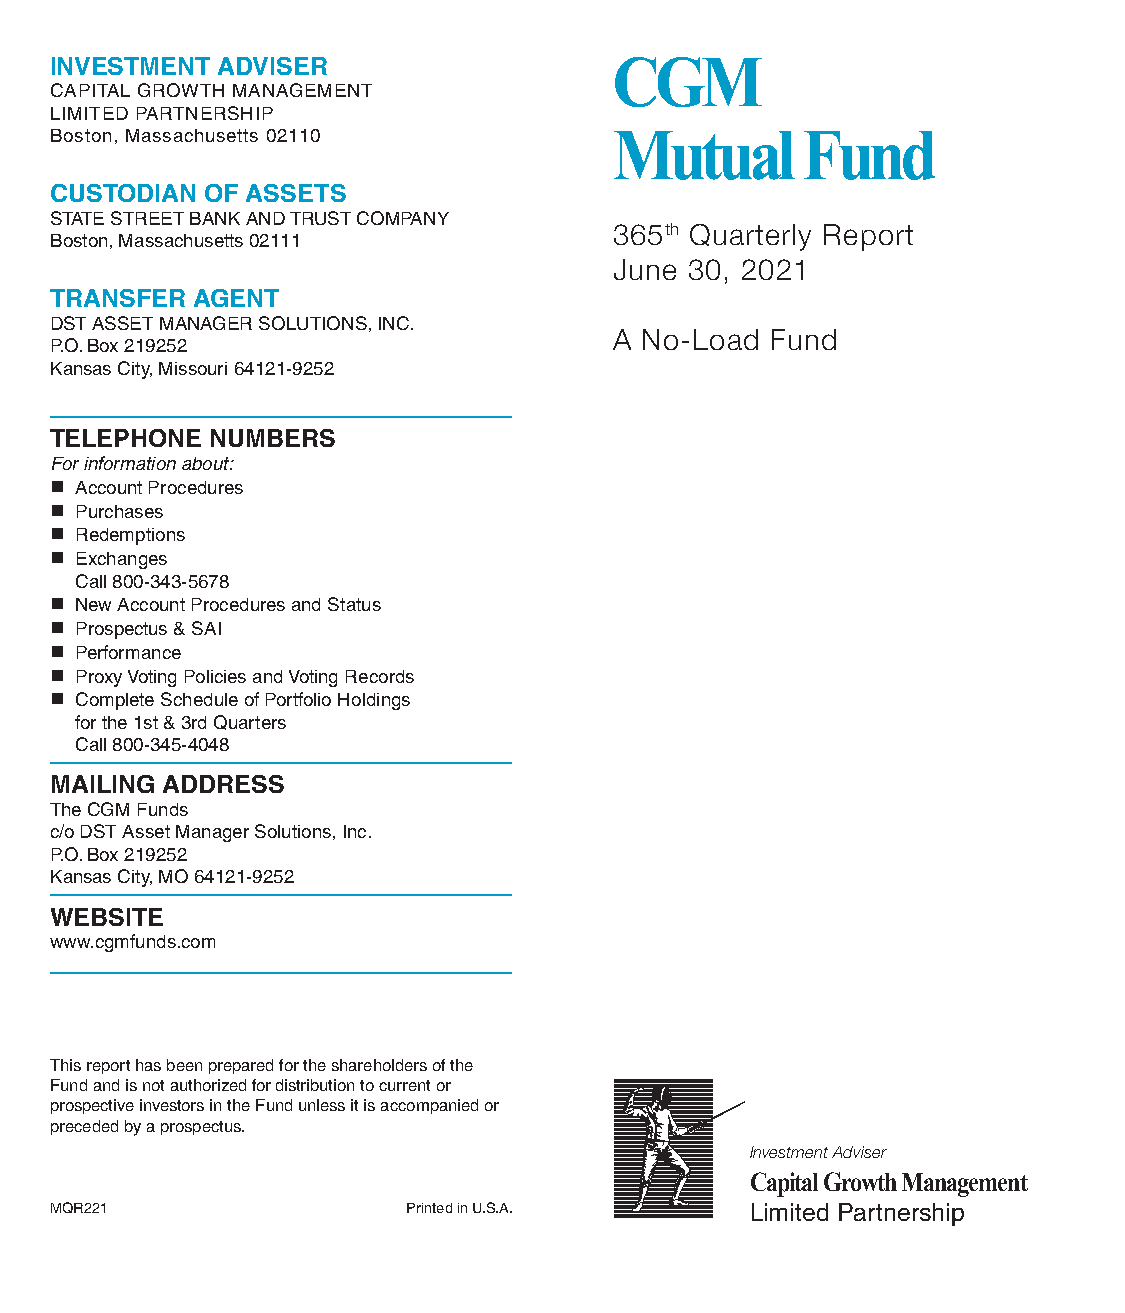
CGM
 INVESTMENT ADVISER
 CAPITAL GROWTH MANAGEMENT
 LIMITED PARTNERSHIP
 Boston, Massachusetts 02110         Mutual      Fund
 CUSTODIAN OF ASSETS
 STATESTREETBANKANDTRUSTCOMPANY
 8346t5htAhnQnuuaarltReerlpyoRrteport
 Boston,Massachusetts02111
 DJuenceem3b0e,r23012,12013
 TRANSFER AGENT
 DSTASSETMANAGERSOLUTIONS,INC.
 AA NNoo--LLooaaddFFuunndd
 P.O.Box219252
 KansasCity,Missouri64121-9252
 TELEPHONE NUMBERS
 Forinformationabout:
 n AccountProcedures
 n Purchases
 n Redemptions
 n Exchanges
 Call800-343-5678
 n NewAccountProceduresandStatus
 n Prospectus&SAI
 n Performance
 n ProxyVotingPoliciesandVotingRecords
 n CompleteScheduleofPortfolioHoldings
 for the 1st & 3rd Quarters
 Call800-345-4048
 MAILING ADDRESS
 TheCGMFunds
 c/oDSTAssetManagerSolutions,Inc.
 P.O.Box219252
 KansasCity,MO64121-9252
 WEBSITE
 www.cgmfunds.com
 Thisreporthasbeenpreparedfortheshareholdersofthe
 Fundandisnotauthorizedfordistributiontocurrentor
 prospectiveinvestorsintheFundunlessitisaccompaniedor
 precededbyaprospectus.
 InvestmentAdviser
 Capital Growth Management
 MQR221                PrintedinU.S.A.        Limited Partnership